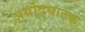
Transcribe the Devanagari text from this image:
अर्थोद्घाटक